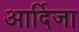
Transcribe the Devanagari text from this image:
आर्दिजा